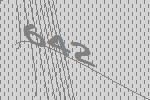
642